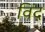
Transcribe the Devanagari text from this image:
विंद